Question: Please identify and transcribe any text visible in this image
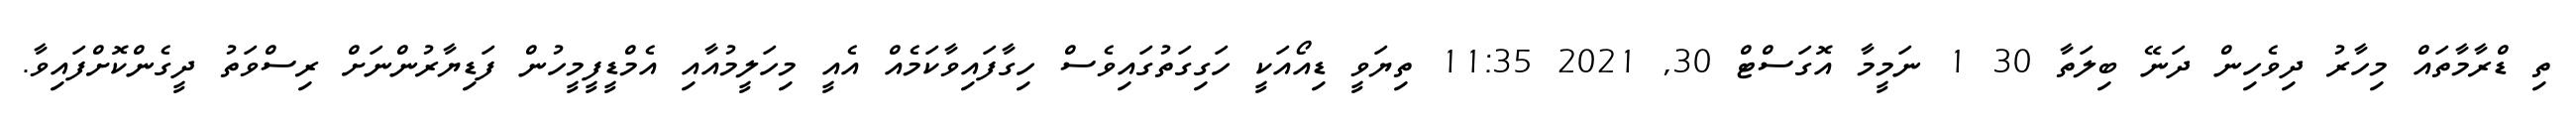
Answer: ތި ޑްރާމާތައް މިހާރު ދިވެހިން ދަނޭ ބިލަތާ 30 1 ނަމީމާ އޮގަސްޓް 30, 2021 11:35 ތިޔަވީ ޑިއޯއަކީ ހަގިގަތުގައިވެސް ހިގާފައިވާކަމެއް އެއީ މިހަލީމުއާއި އެމްޑީފީމީހުން ފަޑިޔާރުންނަށް ރިސްވަތު ދީގެންކޮށްފައިވާ.